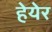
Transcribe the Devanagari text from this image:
हेयेर